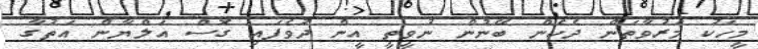
މީހަކު މަރުވާތަން ދެކެން ބޭނުން ނުވީތީ އީން ދުވެފައި ގޮސް އަލްޔާން އަތުގާ